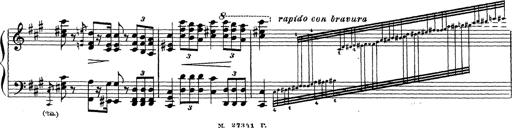
Title: Ballade No.1
Composer: Richard St. Clair